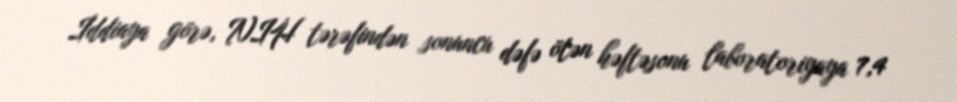
İddiaya görə, NIH tərəfindən sonuncu dəfə ötən həftəsonu laboratoriyaya 7,4